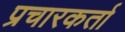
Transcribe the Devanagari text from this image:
प्रचारकर्ता